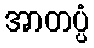
အာတပ္ပံ